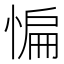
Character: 惼